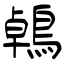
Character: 鵫